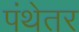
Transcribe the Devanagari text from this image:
पंथेतर